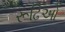
રૂઢિઓ